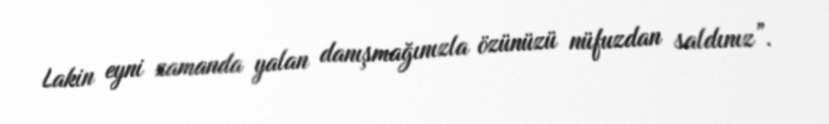
Lakin eyni zamanda yalan danışmağınızla özünüzü nüfuzdan saldınız”.